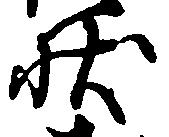
状